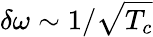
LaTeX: \delta\omega\sim 1/\sqrt{T_{c}}